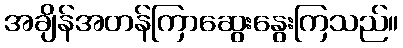
အချိန်အတန်ကြာဆွေးနွေးကြသည်။